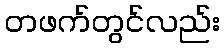
တဖက်တွင်လည်း